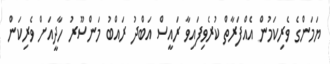
ޔަމަންގެ ވެރިކަމުން އެއްފަރާތް ކުރެވިފައިވާ ރައީސް އަބްދު ރައްބު މަންސޫރު ހާދީއަށް ވެރިކަން